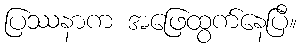
ပြဿနာက အဖြေထွက်နေပြီ။